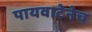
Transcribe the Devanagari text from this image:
पायवाटेनेच